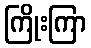
ကြိုးကြာ